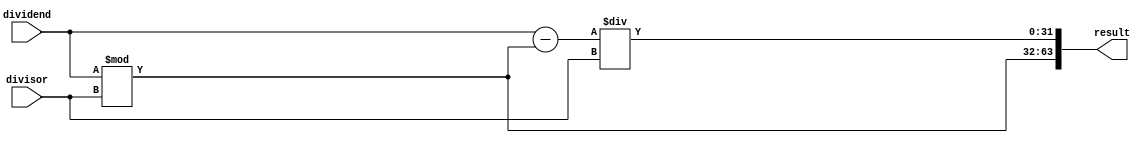
//div_op.v, 32-bit DIVISION operation module

`timescale 1ns/10ps

module div_op (input signed [31:0] divisor, dividend, output reg [32*2-1:0] result);

	reg [63:32] hi, lo; //splits the output reg quotient into two sections from 0:31 bits and 32:64 bits
	always @ (*) //'*' indicates all variables are considered in sensitivity list, behaves like combinational logic 
	begin
		hi = dividend % divisor;
		lo = (dividend - hi) / divisor;
		
		begin
			result = {hi, lo};
		end

	end

endmodule